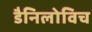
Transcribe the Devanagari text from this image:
डैनिलोविच